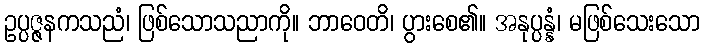
ဥပ္ပဇ္ဇနကသညံ၊ ဖြစ်သောသညာကို။ ဘာဝေတိ၊ ပွားစေ၏။ အနုပ္ပန္နံ၊ မဖြစ်သေးသော